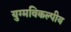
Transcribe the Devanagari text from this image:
युग्मविकल्पीय